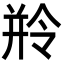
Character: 𬾺